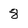
Character: 8